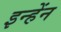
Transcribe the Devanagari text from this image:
इन्हेंन